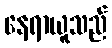
နေရာယူသည်